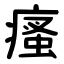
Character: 瘙